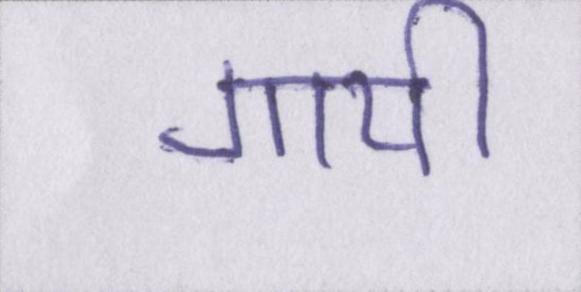
गायी